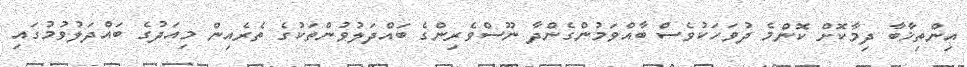
އިންތިޚާބާ ދިމާކޮށް ކޮންމެ ދުވަހަކުވެސް ބާއްވަމުންގެންދާ ނޫސްވެރިންގެ ބައްދަލުވުންތަކުގެ ތެރެއިން މިއަދުގެ ބައްދަލުވުމުގައި